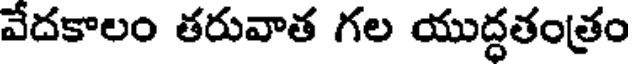
వేదకాలం తరువాత గల యుద్ధతంత్రం